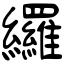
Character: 纙